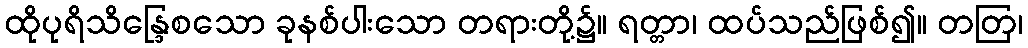
ထိုပုရိသိန္ဒြေစသော ခုနစ်ပါးသော တရားတို့၌။ ရတ္တာ၊ ထပ်သည်ဖြစ်၍။ တတြ၊